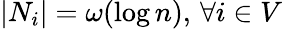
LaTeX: |N_{i}|=\omega(\log n),\, \forall i\in V